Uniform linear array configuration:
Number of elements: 12
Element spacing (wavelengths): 1
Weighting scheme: uniform
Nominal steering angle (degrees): -15
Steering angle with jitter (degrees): -13.4
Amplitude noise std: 0.05
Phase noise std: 0.05

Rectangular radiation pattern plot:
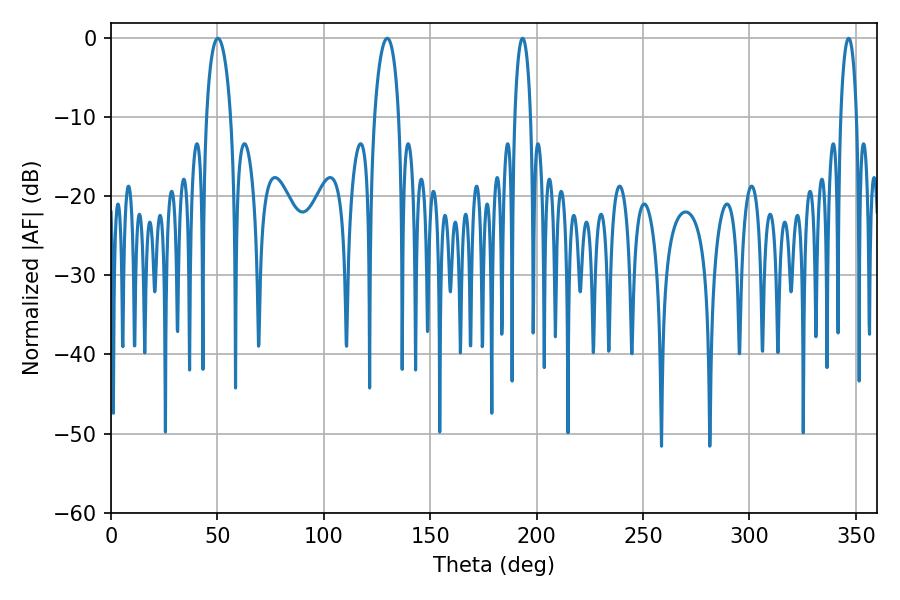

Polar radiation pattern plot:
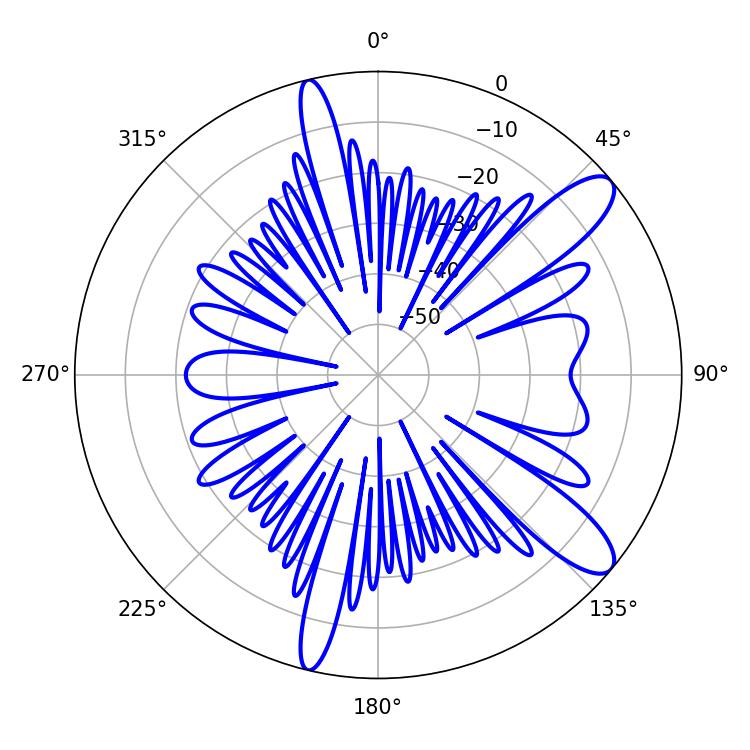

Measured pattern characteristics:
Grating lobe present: TRUE
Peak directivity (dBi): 11.011
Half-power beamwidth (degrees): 6.66
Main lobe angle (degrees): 50.22